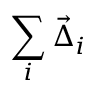
\sum _ { i } \vec { \Delta } _ { i }